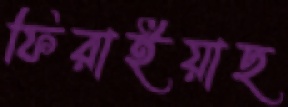
ফিরাইয়াছ